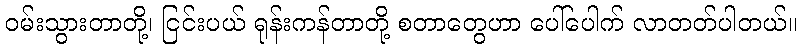
ဝမ်းသွားတာတို့၊ ငြင်းပယ် ရုန်းကန်တာတို့ စတာတွေဟာ ပေါ်ပေါက် လာတတ်ပါတယ်။